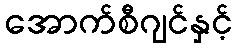
အောက်စီဂျင်နှင့်